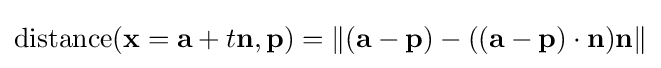
\operatorname {distance} (\mathbf {x} =\mathbf {a} +t\mathbf {n} ,\mathbf {p} )=\|(\mathbf {a} -\mathbf {p} )-((\mathbf {a} -\mathbf {p} )\cdot \mathbf {n} )\mathbf {n} \|